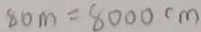
8 0 m = 8 0 0 0 c m